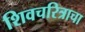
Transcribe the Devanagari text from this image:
शिवचरित्राचा